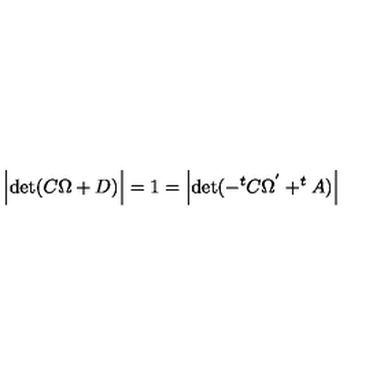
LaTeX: \Bigl | \mathrm { d e t } ( C \Omega + D ) \Bigr | = 1 = \Bigl | \mathrm { d e t } ( - ^ { t } C \Omega ^ { ' } + ^ { t } A ) \Bigr |